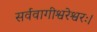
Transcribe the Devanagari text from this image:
सर्ववागीश्वरेश्वरः।